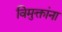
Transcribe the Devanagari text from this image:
विमुक्तांना